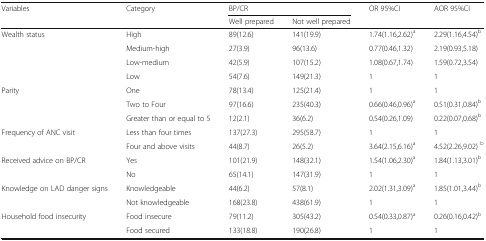
| <ROWSPAN=2> Variables | <ROWSPAN=2> Category | <COLSPAN=2> BP/CR | <ROWSPAN=2> OR 95%CI | <ROWSPAN=2> AOR 95%CI |
 | Well prepared | Not well prepared |
 | --- | --- | --- | --- | --- | --- |
 | <ROWSPAN=4> Wealth status | High | 89(12.6) | 141(19.9) | 1.74(1.16,2.62)a | 2.29(1.16,4.54)b |
 | Medium-high | 27(3.9) | 96(13.6) | 0.77(0.46,1.32) | 2.19(0.93,5.18) |
 | Low-medium | 42(5.9) | 107(15.2) | 1.08(0.67,1.74) | 1.59(0.72,3.54) |
 | Low | 54(7.6) | 149(21.3) | 1 | 1 |
 | <ROWSPAN=3> Parity | One | 78(13.4) | 125(21.4) | 1 | 1 |
 | Two to Four | 97(16.6) | 235(40.3) | 0.66(0.46,0.96)a | 0.51(0.31,0.84)b |
 | Greater than or equal to 5 | 12(2.1) | 36(6.2) | 0.54(0.26,1.09) | 0.22(0.07,0.68)b |
 | <ROWSPAN=2> Frequency of ANC visit | Less than four times | 137(27.3) | 295(58.7) | 1 | 1 |
 | Four and above visits | 44(8.7) | 26(5.2) | 3.64(2.15,6.16)a | 4.52(2.26,9.02) b |
 | <ROWSPAN=2> Received advice on BP/CR | Yes | 101(21.9) | 148(32.1) | 1.54(1.06,2.30)a | 1.84(1.13,3.01)b |
 | No | 65(14.1) | 147(31.9) | 1 | 1 |
 | <ROWSPAN=2> Knowledge on LAD danger signs | Knowledgeable | 44(6.2) | 57(8.1) | 2.02(1.31,3.09)a | 1.85(1.01,3.44)b |
 | Not knowledgeable | 168(23.8) | 438(61.9) | 1 | 1 |
 | <ROWSPAN=2> Household food insecurity | Food insecure | 79(11.2) | 305(43.2) | 0.54(0.33,0.87)a | 0.26(0.16,0.42)b |
 | Food secured | 133(18.8) | 190(26.8) | 1 | 1 |